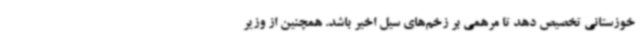
خوزستانی تخصیص دهد تا مرهمی بر زخم‌های سیل اخیر باشد. همچنین از وزیر